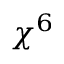
\chi ^ { 6 }